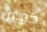
كوبين